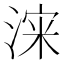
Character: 𱧡